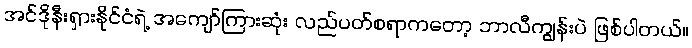
အင်ဒိုနီးရှားနိုင်ငံရဲ့ အကျော်ကြားဆုံး လည်ပတ်စရာကတော့ ဘာလီကျွန်းပဲ ဖြစ်ပါတယ်။